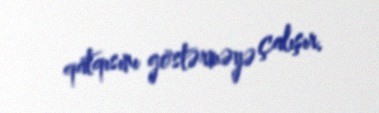
qatqısını göstərməyə çalışır.